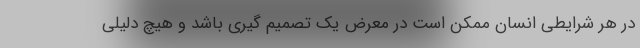
در هر شرایطی انسان ممکن است در معرض یک تصمیم گیری باشد و هیچ دلیلی